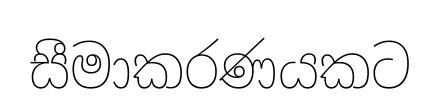
සීමාකරණයකට